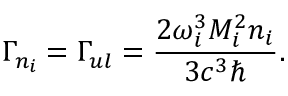
\Gamma _ { n _ { i } } = \Gamma _ { u l } = \frac { 2 \omega _ { i } ^ { 3 } M _ { i } ^ { 2 } n _ { i } } { 3 c ^ { 3 } \hbar } .